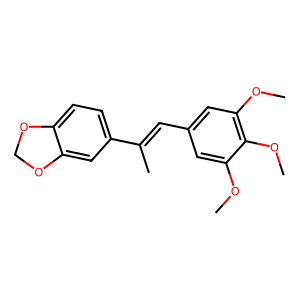
SMILES: COc1cc(C=C(C)c2ccc3c(c2)OCO3)cc(OC)c1OC
Inhibits HIV replication: No